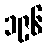
၁၉၆